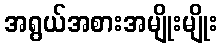
အရွယ်အစားအမျိုးမျိုး